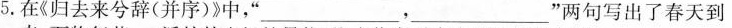
5.在《归去来兮辞(并序)》中‘___，___’。两句写出了春天到